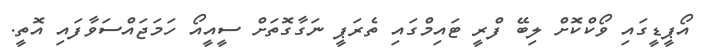
އޯޕީޑީގައި ވޯކްކޮށް ލިބޭ ފްރީ ޓައިމްގައި ތެރަޕީ ނަގާގޮތަށް ސީއީއޯ ހަމަޖައްސަވާފައި އޮތީ.